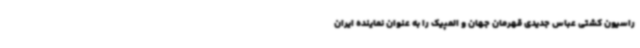
راسیون کشتی عباس جدیدی قهرمان جهان و المپیک را به عنوان نماینده ایران